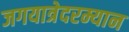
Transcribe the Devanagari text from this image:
जगयात्रेदरम्यान